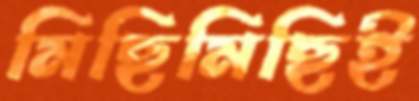
মিছিমিছিই